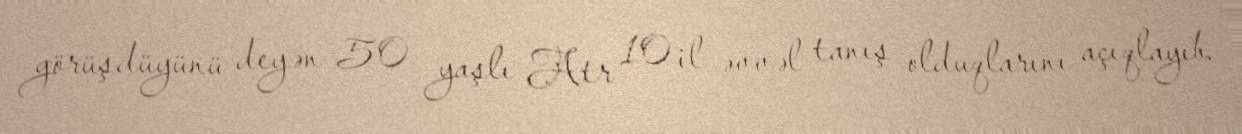
görüşdüyünü deyən 50 yaşlı Atr 10 il əvvəl tanış olduqlarını açıqlayıb.